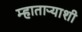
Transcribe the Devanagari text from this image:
म्हाताऱ्याशी